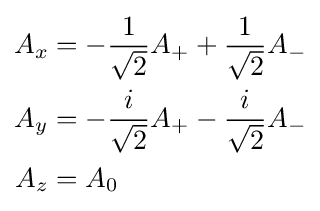
{\begin{aligned}A_{x}&=-{\frac {1}{\sqrt {2}}}A_{+}+{\frac {1}{\sqrt {2}}}A_{-}\\A_{y}&=-{\frac {i}{\sqrt {2}}}A_{+}-{\frac {i}{\sqrt {2}}}A_{-}\\A_{z}&=A_{0}\end{aligned}}